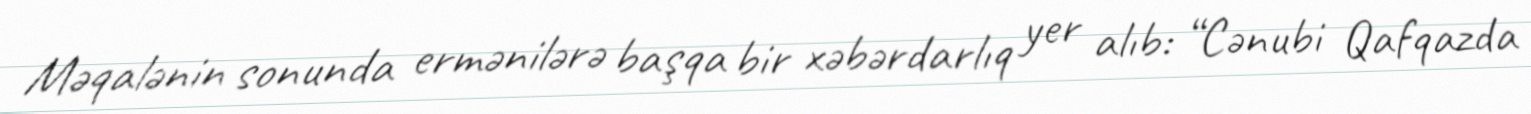
Məqalənin sonunda ermənilərə başqa bir xəbərdarlıq yer alıb: “Cənubi Qafqazda